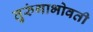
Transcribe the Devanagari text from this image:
तुरुंगाभोवती